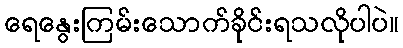
ရေနွေးကြမ်းသောက်ခိုင်းရသလိုပါပဲ။